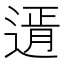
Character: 𨕆